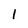
Character: l